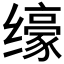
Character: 𱺮